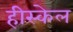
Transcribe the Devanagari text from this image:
हीस्केल